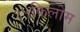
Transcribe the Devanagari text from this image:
१५किलोम